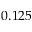
0 . 1 2 5